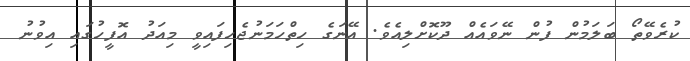
ކުރެވޭތޯ ބަލަމުން ފުން ނޭވައެއް ދޫކޮށްލިއެވެ. އޭނަގެ ހިތްހަމަނުޖެހިފައިވީ މިއަދު އޮފީހުގައި އިވުނު